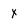
Character: x